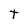
Character: t